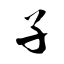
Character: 孑